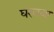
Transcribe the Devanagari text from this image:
घरवजा